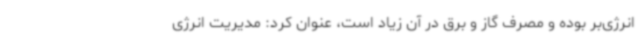
انرژی‌بر بوده و مصرف گاز و برق در آن زیاد است، عنوان کرد: مدیریت انرژی